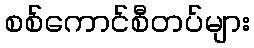
စစ်ကောင်စီတပ်များ